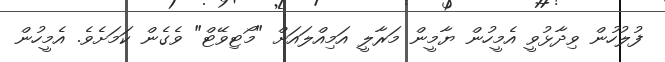
ފުލުހުން ވިދާޅުވީ އެމީހުން ޔާމީން މަރާލީ އަމިއްލައަށް "މޯޓިވޭޓް" ވެގެން ކަމަށެވެ. އެމީހުން